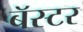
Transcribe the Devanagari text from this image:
बॅस्टर